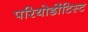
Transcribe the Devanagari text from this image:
परियोडोंटिस्ट